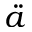
\ddot { a }